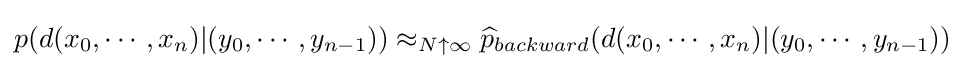
p(d(x_{0},\cdots ,x_{n})|(y_{0},\cdots ,y_{n-1}))\approx _{N\uparrow \infty }{\widehat {p}}_{backward}(d(x_{0},\cdots ,x_{n})|(y_{0},\cdots ,y_{n-1}))